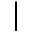
|